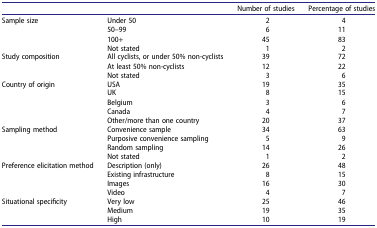
|  |  | Number of studies | Percentage of studies |
 | --- | --- | --- | --- |
 | <ROWSPAN=4> Sample size | Under 50 | 2 | 4 |
 | 50–99 | 6 | 11 |
 | 100+ | 45 | 83 |
 | Not stated | 1 | 2 |
 | <ROWSPAN=3> Study composition | All cyclists, or under 50% non-cyclists | 39 | 72 |
 | At least 50% non-cyclists | 12 | 22 |
 | Not stated | 3 | 6 |
 | <ROWSPAN=5> Country of origin | USA | 19 | 35 |
 | UK | 8 | 15 |
 | Belgium | 3 | 6 |
 | Canada | 4 | 7 |
 | Other/more than one country | 20 | 37 |
 | <ROWSPAN=4> Sampling method | Convenience sample | 34 | 63 |
 | Purposive convenience sampling | 5 | 9 |
 | Random sampling | 14 | 26 |
 | Not stated | 1 | 2 |
 | <ROWSPAN=4> Preference elicitation method | Description (only) | 26 | 48 |
 | Existing infrastructure | 8 | 15 |
 | Images | 16 | 30 |
 | Video | 4 | 7 |
 | <ROWSPAN=3> Situational specificity | Very low | 25 | 46 |
 | Medium | 19 | 35 |
 | High | 10 | 19 |